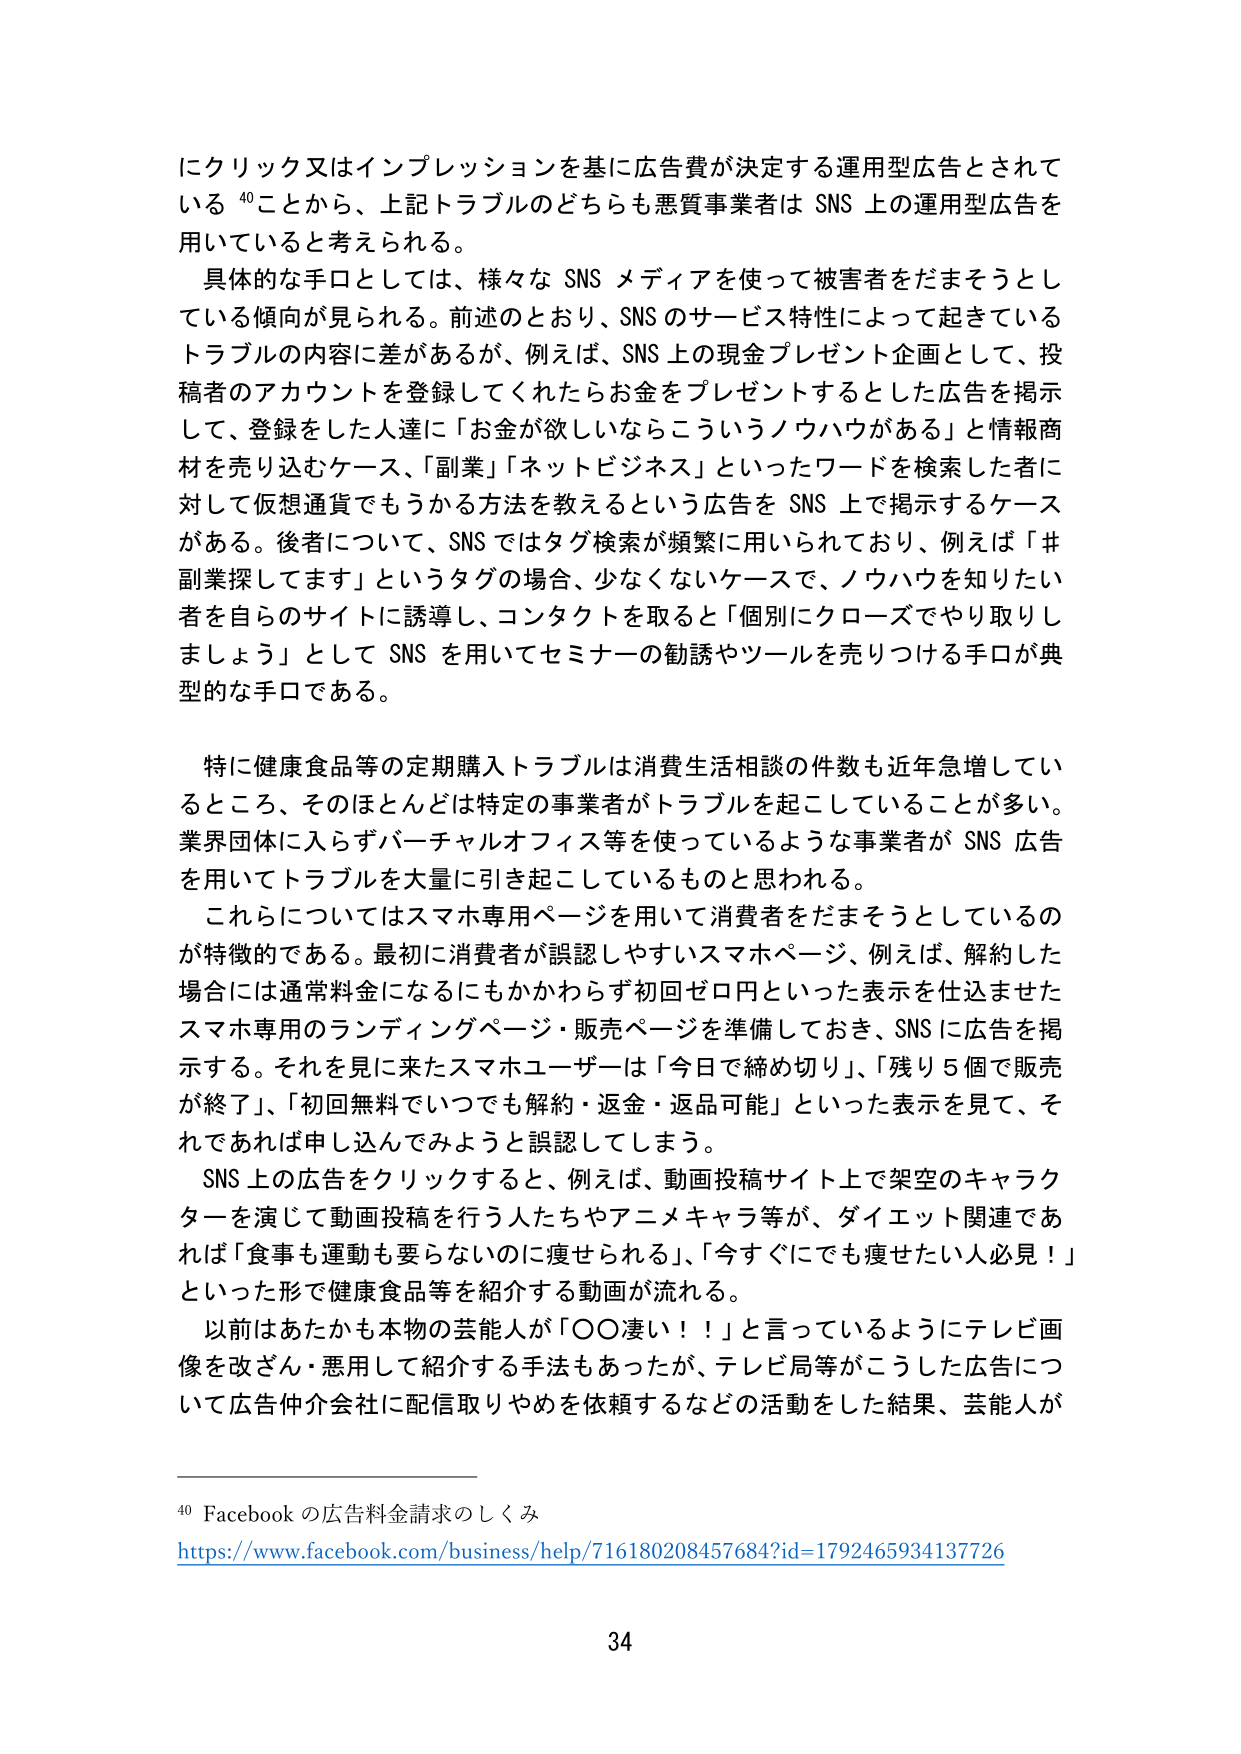
にクリック又はインプレッションを基に広告費が決定する運用型広告とされて
いる 40 ことから、上記トラブルのどちらも悪質事業者は SNS 上の運用型広告を
用いていると考えられる。
具体的な手口としては、様々な SNS メディアを使って被害者をだまそうとし
ている傾向が見られる。前述のとおり、SNS のサービス特性によって起きている
トラブルの内容に差があるが、例えば、SNS 上の現金プレゼント企画として、投
稿者のアカウントを登録してくれたらお金をプレゼントするとした広告を掲示
して、登録をした人達に「お金が欲しいならこういうノウハウがある」と情報商
材を売り込むケース、「副業」「ネットビジネス」といったワードを検索した者に
対して仮想通貨でもうかる方法を教えるという広告を SNS 上で掲示するケース
がある。後者について、SNS ではタグ検索が頻繁に用いられており、例えば「＃
副業探してます」というタグの場合、少なくないケースで、ノウハウを知りたい
者を自らのサイトに誘導し、コンタクトを取ると「個別にクローズでやり取りし
ましょう」として SNS を用いてセミナーの勧誘やツールを売りつける手口が典
型的な手口である。
特に健康食品等の定期購入トラブルは消費生活相談の件数も近年急増してい
るところ、そのほとんどは特定の事業者がトラブルを起こしていることが多い。
業界団体に入らずバーチャルオフィス等を使っているような事業者が SNS 広告
を用いてトラブルを大量に引き起こしているものと思われる。
これらについてはスマホ専用ページを用いて消費者をだまそうとしているの
が特徴的である。最初に消費者が誤認しやすいスマホページ、例えば、解約した
場合には通常料金になるにもかかわらず初回ゼロ円といった表示を仕込ませた
スマホ専用のランディングページ・販売ページを準備しておき、SNS に広告を掲
示する。それを見に来たスマホユーザーは「今日で締め切り」、「残り５個で販売
が終了」、「初回無料でいつでも解約・返金・返品可能」といった表示を見て、そ
れであれば申し込んでみようと誤認してしまう。
SNS 上の広告をクリックすると、例えば、動画投稿サイト上で架空のキャラク
ターを演じて動画投稿を行う人たちやアニメキャラ等が、ダイエット関連であ
れば「食事も運動も要らないのに痩せられる」、「今すぐにでも痩せたい人必見！」
といった形で健康食品等を紹介する動画が流れる。
以前はあたかも本物の芸能人が「〇〇凄い！！」と言っているようにテレビ画
像を改ざん・悪用して紹介する手法もあったが、テレビ局等がこうした広告につ
いて広告仲介会社に配信取りやめを依頼するなどの活動をした結果、芸能人が

40 Facebook の広告料金請求のしくみ
https://www.facebook.com/business/help/716180208457684?id=1792465934137726

34